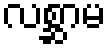
လစ္ဆာမ